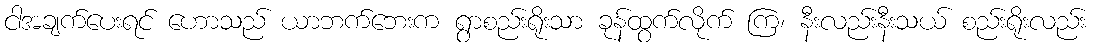
ငါအချက်ပေးရင် ဟောသည် ယာဘက်ဘေးက ရွာစည်းရိုးသာ ခုန်ထွက်လိုက် ကြ၊ နီးလည်းနီးသယ် စည်းရိုးလည်း